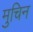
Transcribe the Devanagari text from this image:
मुचिन